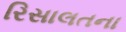
રિસાલતના